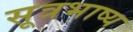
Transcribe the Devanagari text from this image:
सूत्रभाष्य